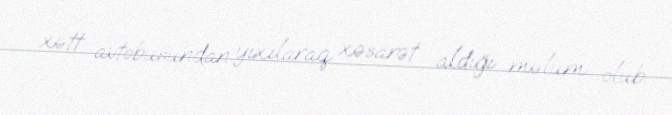
xətt avtobusundan yıxılaraq xəsarət aldığı məlum olub.